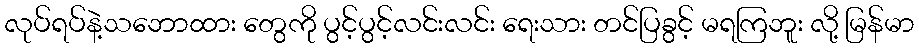
လုပ်ရပ်နဲ့သဘောထား တွေကို ပွင့်ပွင့်လင်းလင်း ရေးသား တင်ပြခွင့် မရကြဘူး လို့ မြန်မာ